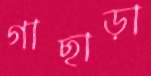
গাছাড়া